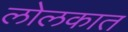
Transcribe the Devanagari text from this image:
लोलकात